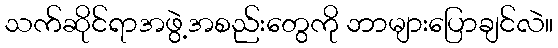
သက်ဆိုင်ရာအဖွဲ့အစည်းတွေကို ဘာများပြောချင်လဲ။